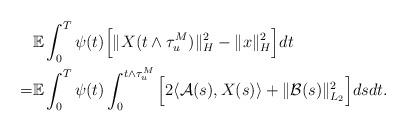
LaTeX: \begin{align*}& \mathbb{E} \int_0^T \psi(t) \Big[ \Vert X (t\wedge\tau_u^M) \Vert_H^2 - \Vert x \Vert_H^2 \Big] dt \\= & \mathbb{E} \int_0^T \psi(t) \int_0^{t\wedge\tau_{u}^M} \Big[ 2\langle \mathcal{A}(s), X(s)\rangle + \Vert \mathcal{B}(s) \Vert_{L_2}^2 \Big] ds dt .\end{align*}